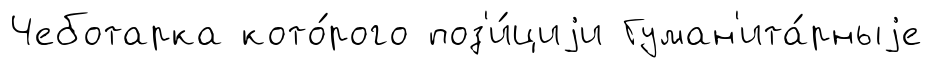
Чеботарка кото́рого поз'и́циjи Гуман'ита́рныjе